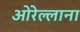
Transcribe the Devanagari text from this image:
ओरेल्लाना